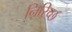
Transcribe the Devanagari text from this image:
निरिच्छ